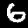
Label: 6